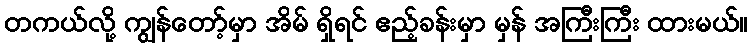
တကယ်လို့ ကျွန်တော့်မှာ အိမ် ရှိရင် ဧည့်ခန်းမှာ မှန် အကြီးကြီး ထားမယ်။